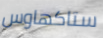
ستاكهاوس